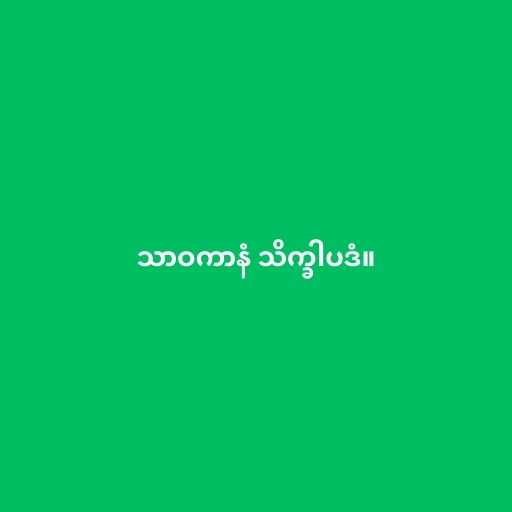
သာဝကာနံ သိက္ခါပဒံ။